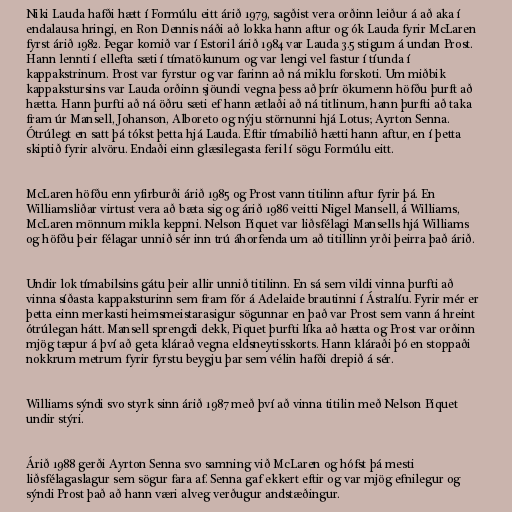
Niki Lauda hafði hætt í Formúlu eitt árið 1979, sagðist vera orðinn leiður á að aka í
endalausa hringi, en Ron Dennis náði að lokka hann aftur og ók Lauda fyrir McLaren
fyrst árið 1982. Þegar komið var í Estoril árið 1984 var Lauda 3.5 stigum á undan Prost.
Hann lennti í ellefta sæti í tímatökunum og var lengi vel fastur í tíunda í
kappakstrinum. Prost var fyrstur og var farinn að ná miklu forskoti. Um miðbik
kappakstursins var Lauda orðinn sjöundi vegna þess að þrír ökumenn höfðu þurft að
hætta. Hann þurfti að ná öðru sæti ef hann ætlaði að ná titlinum, hann þurfti að taka
fram úr Mansell, Johanson, Alboreto og nýju störnunni hjá Lotus; Ayrton Senna.
Ótrúlegt en satt þá tókst þetta hjá Lauda. Eftir tímabilið hætti hann aftur, en í þetta
skiptið fyrir alvöru. Endaði einn glæsilegasta feril í sögu Formúlu eitt.

McLaren höfðu enn yfirburði árið 1985 og Prost vann titilinn aftur fyrir þá. En
Williamsliðar virtust vera að bæta sig og árið 1986 veitti Nigel Mansell, á Williams,
McLaren mönnum mikla keppni. Nelson Piquet var liðsfélagi Mansells hjá Williams
og höfðu þeir félagar unnið sér inn trú áhorfenda um að titillinn yrði þeirra það árið.

Undir lok tímabilsins gátu þeir allir unnið titilinn. En sá sem vildi vinna þurfti að
vinna síðasta kappaksturinn sem fram fór á Adelaide brautinni í Ástralíu. Fyrir mér er
þetta einn merkasti heimsmeistarasigur sögunnar en það var Prost sem vann á hreint
ótrúlegan hátt. Mansell sprengdi dekk, Piquet þurfti líka að hætta og Prost var orðinn
mjög tæpur á því að geta klárað vegna eldsneytisskorts. Hann kláraði þó en stoppaði
nokkrum metrum fyrir fyrstu beygju þar sem vélin hafði drepið á sér.

Williams sýndi svo styrk sinn árið 1987 með því að vinna titilin með Nelson Piquet
undir stýri.

Árið 1988 gerði Ayrton Senna svo samning við McLaren og hófst þá mesti
liðsfélagaslagur sem sögur fara af. Senna gaf ekkert eftir og var mjög efnilegur og
sýndi Prost það að hann væri alveg verðugur andstæðingur.